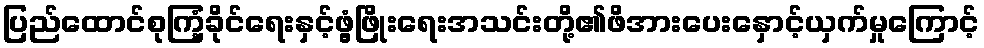
ပြည်ထောင်စုကြံ့ခိုင်ရေးနှင့်ဖွံ့ဖြိုးရေးအသင်းတို့၏ဖိအားပေးနှောင့်ယှက်မှုကြောင့်